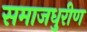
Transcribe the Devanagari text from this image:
समाजधुरीण